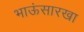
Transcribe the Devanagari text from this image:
भाऊंसारखा